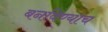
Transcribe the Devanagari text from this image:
बनविण्याच